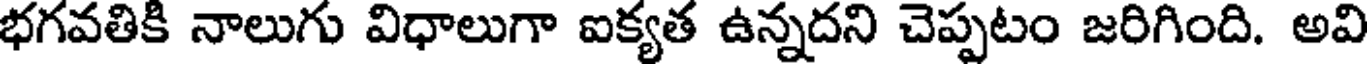
భగవతికి నాలుగు విధాలుగా ఐక్యత ఉన్నదని చెప్పటం జరిగింది. అవి